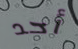
أحد